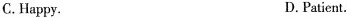
C. Happy. D.Patient.